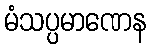
မံသပ္ပမာဏေန